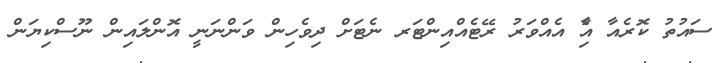
ސައުތު ކޮރެއާ އާެި އެއްވަރު ރޭޓެއްއިންޓަރ ނެޓަށް ދިވެހިން ވަންނަނީ އޮންލައިން ނޫސްކިޔަން